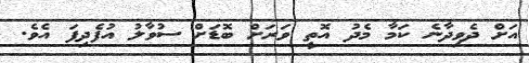
އަށް ދެވިދާނެ ކަމާ މެދު އޮތީ ވަރަށް ބޮޑަށް ސުވާލު އުފެދިފަ އެވެ.